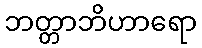
ဘတ္တာဘိဟာရော